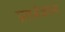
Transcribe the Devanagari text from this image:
प्रतर्भजाम्य